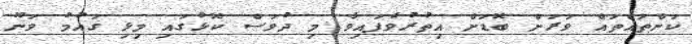
ކަންތައްތައް ވަރަށް ބޮޑަށް އިތުރުވެފައިވާ މި ދުވަސް ކޮޅުގައި މިޅި ގައުމު ވަނޫ